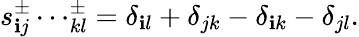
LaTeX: s_{\mathbf{i}j}^{\pm}\cdots_{kl}^{\pm}=\delta_{\mathbf{i}l}+\delta_{jk}-\delta_{\mathbf{i}k}-\delta_{jl}.